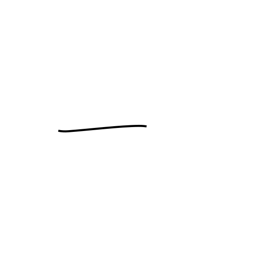
Meaning: one